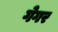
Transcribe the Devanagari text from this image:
गेगर